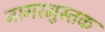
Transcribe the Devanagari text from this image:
नागरमुस्तक